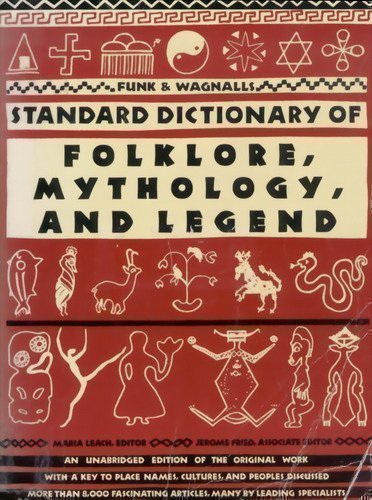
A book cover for Funk & Wagnalls Standard Dictionary of Folklore, Mythology, and Legend; Literature & Fiction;